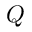
Q